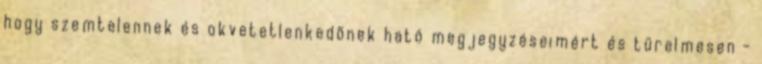
hogy szemtelennek és okvetetlenkedõnek ható megjegyzéseimért és türelmesen -